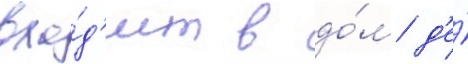
вхо́д'ит в до́м д'е́